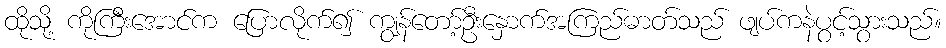
ထိုသို့ ကိုကြီးအောင်က ပြောလိုက်၍ ကျွန်တော့်ဦးနှောက်အကြည်ဓာတ်သည် ဖျပ်ကနဲပွင့်သွားသည်။